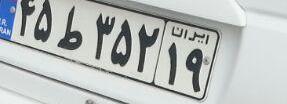
۴۵ط۳۵۲۱۹